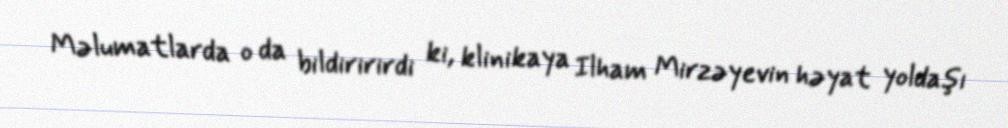
Məlumatlarda o da bildiririrdi ki, klinikaya Ilham Mirzəyevin həyat yoldaşı